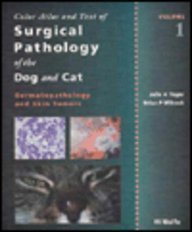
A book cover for Color Atlas and Text of Surgical Pathology of the Dog and Cat, Vol. 1: Dermatopathology and Skin Tumors; Julie A. Yager; Medical Books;